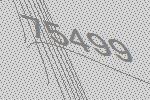
75499